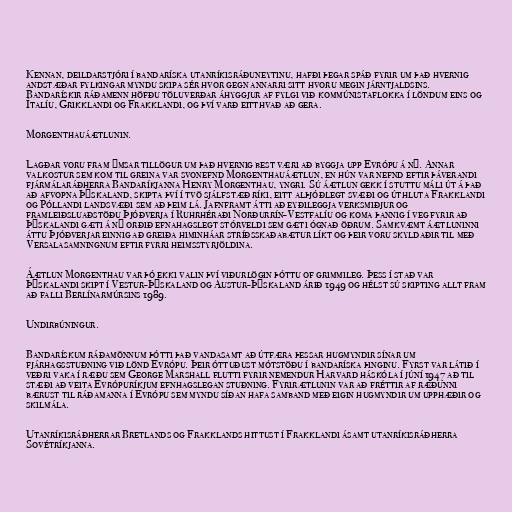
Kennan, deildarstjóri í bandaríska utanríkisráðuneytinu, hafði þegar spáð fyrir um það hvernig
andstæðar fylkingar myndu skipa sér hvor gegn annarri sitt hvoru megin járntjaldsins.
Bandarískir ráðamenn höfðu töluverðar áhyggjur af fylgi við kommúnistaflokka í löndum eins og
Ítalíu, Grikklandi og Frakklandi, og því varð eitthvað að gera.

Morgenthauáætlunin.

Lagðar voru fram ýmsar tillögur um það hvernig best væri að byggja upp Evrópu á ný. Annar
valkostur sem kom til greina var svonefnd Morgenthauáætlun, en hún var nefnd eftir þáverandi
fjármálaráðherra Bandaríkjanna Henry Morgenthau, yngri. Sú áætlun gekk í stuttu máli út á það
að afvopna Þýskaland, skipta því í tvö sjálfstæð ríki, eitt alþjóðlegt svæði og úthluta Frakklandi
og Póllandi landsvæði sem að þeim lá. Jafnframt átti að eyðileggja verksmiðjur og
framleiðsluaðstöðu Þjóðverja í Ruhrhéraði Norðurrín-Vestfalíu og koma þannig í veg fyrir að
Þýskalandi gæti á ný orðið efnahagslegt stórveldi sem gæti ógnað öðrum. Samkvæmt áætluninni
áttu Þjóðverjar einnig að greiða himinháar stríðsskaðabætur líkt og þeir voru skyldaðir til með
Versalasamningnum eftir fyrri heimsstyrjöldina.

Áætlun Morgenthau var þó ekki valin því viðurlögin þóttu of grimmileg. Þess í stað var
Þýskalandi skipt í Vestur-Þýskaland og Austur-Þýskaland árið 1949 og hélst sú skipting allt fram
að falli Berlínarmúrsins 1989.

Undirbúningur.

Bandarískum ráðamönnum þótti það vandasamt að útfæra þessar hugmyndir sínar um
fjárhagsstuðning við lönd Evrópu. Þeir óttuðust mótstöðu í bandaríska þinginu. Fyrst var látið í
veðri vaka í ræðu sem George Marshall flutti fyrir nemendur Harvard háskóla í júní 1947 að til
stæði að veita Evrópuríkjum efnhagslegan stuðning. Fyrirætlunin var að fréttir af ræðunni
bærust til ráðamanna í Evrópu sem myndu síðan hafa samband með eigin hugmyndir um upphæðir og
skilmála.

Utanríkisráðherrar Bretlands og Frakklands hittust í Frakklandi ásamt utanríkisráðherra
Sovétríkjanna.